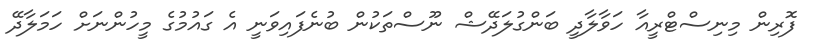
ފޮރިން މިނިސްޓްރީއާ ހަވާލާދީ ބަންގުލަދޭޝް ނޫސްތަކުން ބުނެފައިވަނީ އެ ގައުމުގެ މީހުންނަށް ހަމަލާދޭ